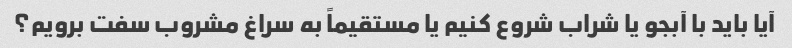
آیا باید با آبجو یا شراب شروع کنیم یا مستقیماً به سراغ مشروب سفت برویم؟